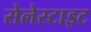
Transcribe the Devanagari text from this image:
सेलेस्टाइट